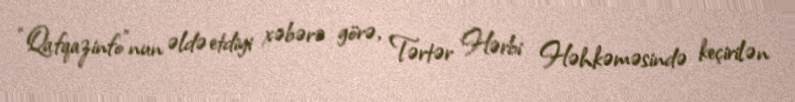
“Qafqazinfo”nun əldə etdiyi xəbərə görə, Tərtər Hərbi Həhkəməsində keçirilən